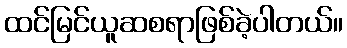
ထင်မြင်ယူဆစရာဖြစ်ခဲ့ပါတယ်။